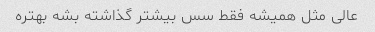
عالی مثل همیشه فقط سس بیشتر گذاشته بشه بهتره